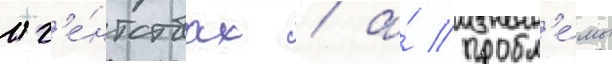
аг'е́нтствах / а́ пробл'е́мы